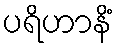
ပရိဟာနိံ